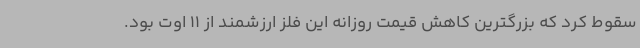
سقوط کرد که بزرگترین کاهش قیمت روزانه این فلز ارزشمند از 11 اوت بود.